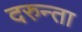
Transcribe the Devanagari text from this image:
दरुन्ता